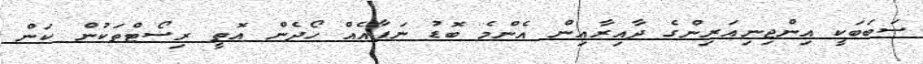
ސަބަބަކީ އިންޖިނިއަރިންގެ ދާއިރާއިން އެންމެ ބޮޑު ނަފާއެއް ހޯދެން އޮތީ ރިސޯޓްތަކުން ކަން